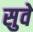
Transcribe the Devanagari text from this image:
सुवे